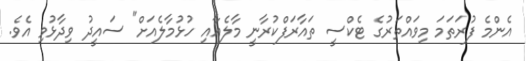
އެންމެ ފުރަތަމަ މިވައްތަރުގެ ޓެކްސީ ތައާރަފްކުރާނީ މާލެއާއި ހުޅުމާލެއަށް" ސައީދު ވިދާޅުވި އެވެ.